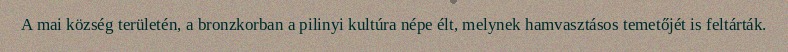
A mai község területén, a bronzkorban a pilinyi kultúra népe élt, melynek hamvasztásos temetőjét is feltárták.